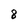
Character: 8